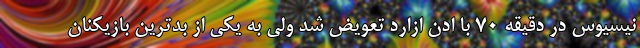
نیسیوس در دقیقه 70 با ادن ازارد تعویض شد ولی به یکی از بدترین بازیکنان